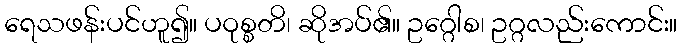
ရေသဖန်းပင်ဟူ၍။ ပဝုစ္စတိ၊ ဆိုအပ်၏။ ဥဂ္ဂေါစ၊ ဥဂ္ဂလည်းကောင်း။